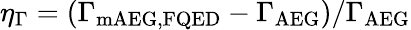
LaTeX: \eta_{\Gamma}=\left(\Gamma_{\mathrm{mAEG,FQED}}-\Gamma_{\mathrm{AEG}}\right)/\Gamma_{\mathrm{AEG}}